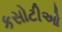
કસોટીઓ